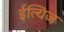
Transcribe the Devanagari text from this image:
ईल्यिज